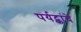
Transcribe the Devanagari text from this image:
पर्यट्कांचे